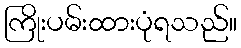
ကြိုးပမ်းထားပုံရသည်။